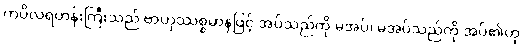
ကပိလရဟန်းကြီးသည် ဗာဟုဿစ္စမာနဖြင့် အပ်သည်ကို မအပ်၊ မအပ်သည်ကို အပ်၏ဟု